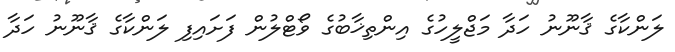
ލަންކާގެ ޤާނޫނު ހަދާ މަޖްލީހުގެ އިންތިޚާބުގެ ވޯޓްލުން ފަށައިފި ލަންކާގެ ޤާނޫނު ހަދާ